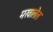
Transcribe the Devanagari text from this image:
मखालेल